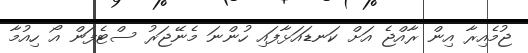
ޖުމެއިރާ އިން ރާއްޖެ އަށް ކަނޑައަޅާފައި ހުންނަ މެނޭޖަރު ސްޓެފަން އޯ ހިއުމާ